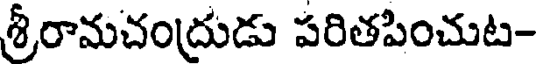
శ్రీరామచంద్రుడు పరితపించుట-